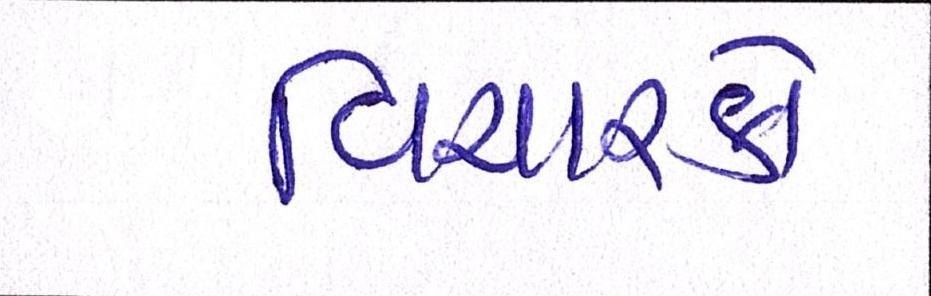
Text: વિચારકો